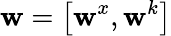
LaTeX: \mathbf{w}=\left[\mathbf{w}^{x},\mathbf{w}^{k}\right]